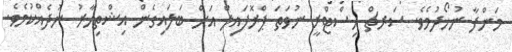
މަންފާ ނުހޯދުމެވެ. ސަރޗް ހިސްޓްރީ ނުވަތަ ޕްރޮފައިލް އަށް ބަލައިގެން އިޝްތިހާރު ނުދެއްކުމެވެ.